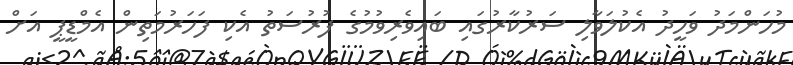
މުހަންމަދު ވަހީދު އެކުލަވާލި ސަރުކާރުގައި ބައިވެރިވުމުގެ ފުރުސަތު އެކި ފަހަރުމަތިން އެމްޑީޕީ އަށް